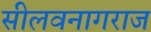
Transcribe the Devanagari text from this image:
सीलवनागराज